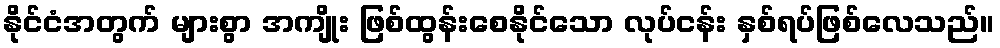
နိုင်ငံအတွက် များစွာ အကျိုး ဖြစ်ထွန်းစေနိုင်သော လုပ်ငန်း နှစ်ရပ်ဖြစ်လေသည်။